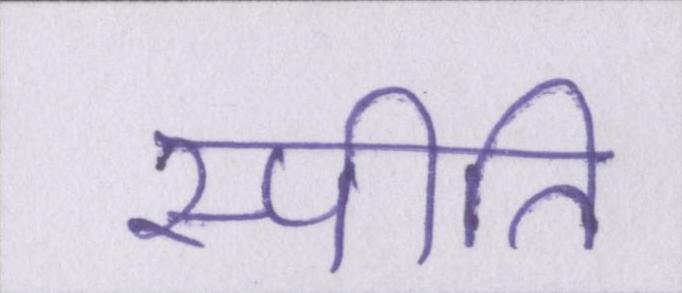
स्पीति